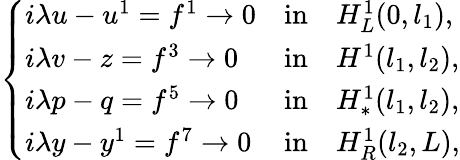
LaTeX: \left\{ \begin{array}{lll}{i{\lambda}u-u^{1}=f^{1}\to 0}&{\mathrm{in}}&{H_{L}^{1}(0,l_{1}),}\\ {i{\lambda}v-z=f^{3}\to 0}&{\mathrm{in}}&{H^{1}(l_{1},l_{2}),}\\ {i{\lambda}p-q=f^{5}\to 0}&{\mathrm{in}}&{H_{\ast}^{1}(l_{1},l_{2}),}\\ {i{\lambda}y-y^{1}=f^{7}\to 0}&{\mathrm{in}}&{H_{R}^{1}(l_{2},L),}\end{array}\right.